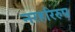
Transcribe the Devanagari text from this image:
नरहरिरुप